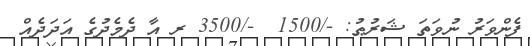
ފެންވަރު ނުވަތަ ޝަރުޠު: -/1500  -/3500 ރ އާ ދެމެދުގެ އަދަދެއް